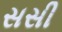
સસી